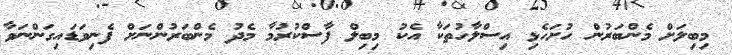
މިބިލަށް މެންބަރުން ހުށަހެޅި އިސްލާހުތަކާ އެކު މިބިލް ފާސްކުރުމާ މެދު މެންބަރުންނަށް ފެނިވަޑައިގަންނަވާ